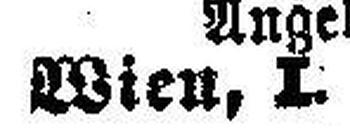
Wien, I.